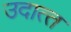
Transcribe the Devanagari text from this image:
उदात्‍त